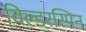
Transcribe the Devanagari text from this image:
विल्डरस्पिन